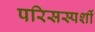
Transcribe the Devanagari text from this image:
परिसस्पर्शी